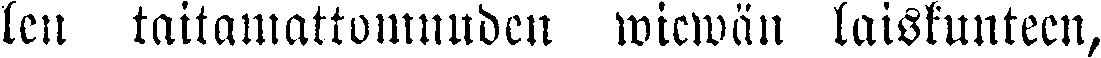
len taitamattomuuden wiewän laiskuuteen,